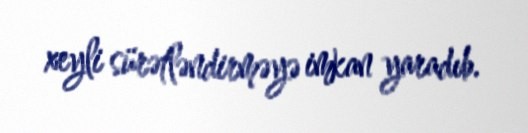
xeyli sürətləndirməyə imkan yaradıb.